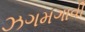
ઝગમગાવી